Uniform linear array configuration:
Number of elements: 12
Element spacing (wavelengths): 0.5
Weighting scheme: exponential
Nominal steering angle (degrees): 30
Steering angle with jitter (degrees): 28.2
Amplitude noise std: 0.05
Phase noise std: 0.05

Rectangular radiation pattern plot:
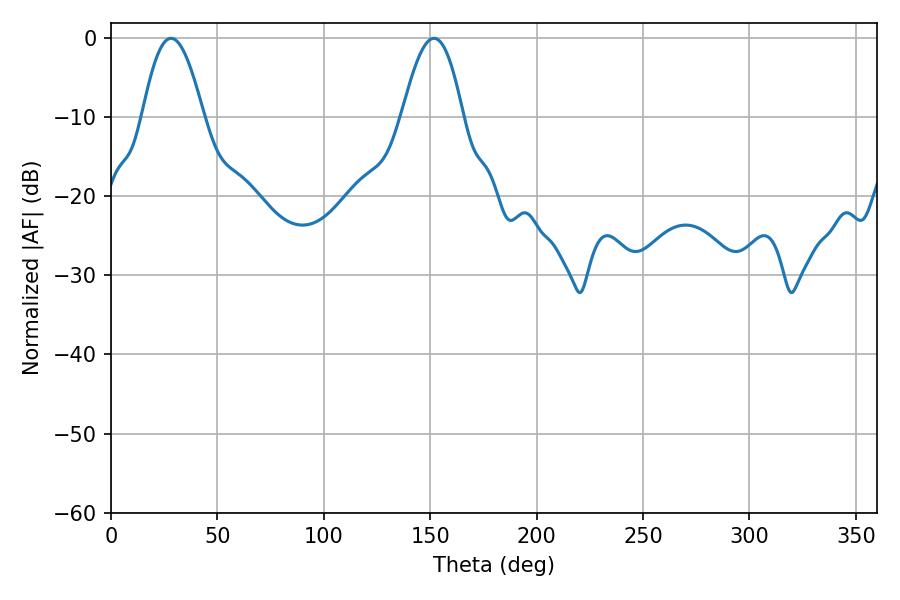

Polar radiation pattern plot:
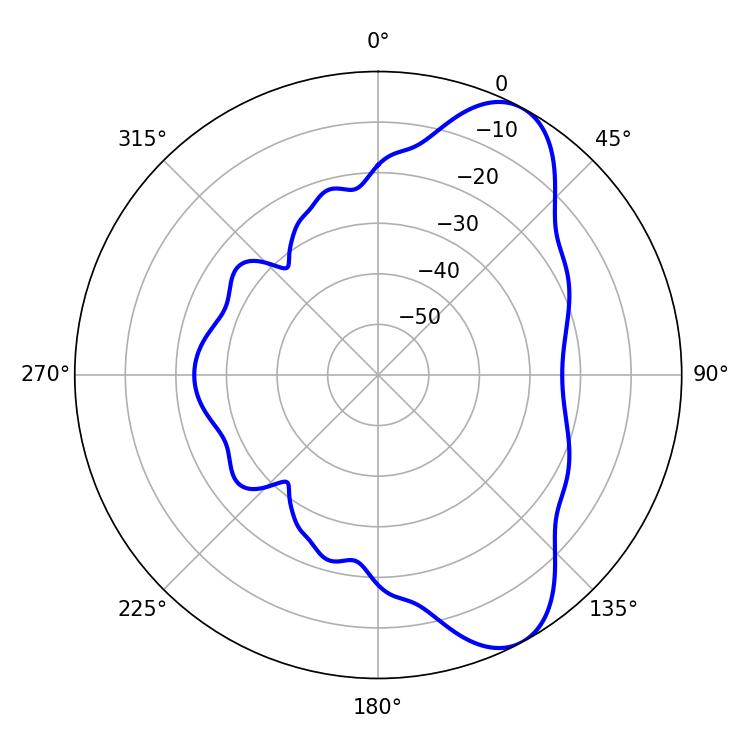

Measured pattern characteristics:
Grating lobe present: FALSE
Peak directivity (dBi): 8.277
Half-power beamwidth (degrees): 15.48
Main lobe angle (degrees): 28.26